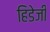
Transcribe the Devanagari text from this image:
हिडेजी